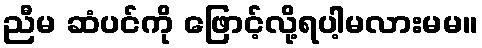
ညီမ ဆံပင်ကို ဖြောင့်လို့ရပါ့မလားမမ။